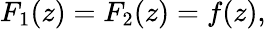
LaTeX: F_{1}(z)=F_{2}(z)=f(z),